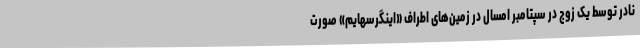
نادر توسط یک زوج در سپتامبر امسال در زمین‌های اطراف «اینگرسهایم» صورت